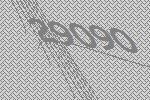
29090